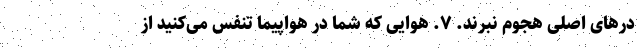
در‌های اصلی هجوم نبرند. ۷. هوایی که شما در هواپیما تنفس می‌کنید از